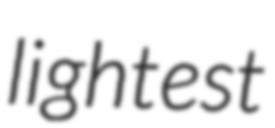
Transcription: lightest